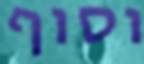
וסוף